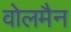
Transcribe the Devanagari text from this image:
वोलमैन